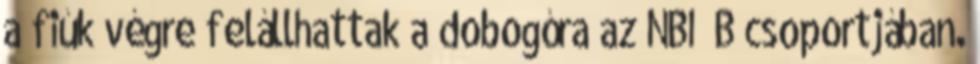
a fiúk végre felállhattak a dobogóra az NBI B csoportjában.